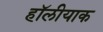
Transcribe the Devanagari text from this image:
हॉलीयाक